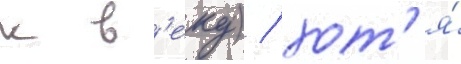
к в'еку) / хот'я́